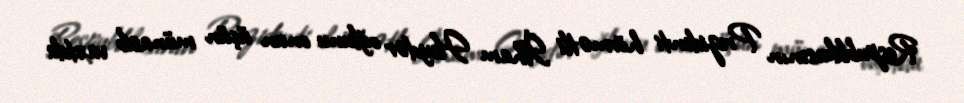
Respublikasının Prezidenti hörmətli İlham Heydər oğlunu onun üçün münasib vaxtda